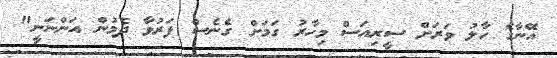
އޭނާގެ ހާލު ވަރަށް ސީރިއަސް މިހާރު ގަމަށް ގެނެސް ފަރުވާ ދެމުން އަންނަނީ"